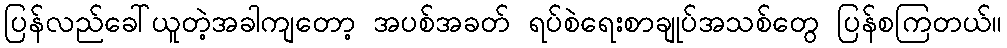
ပြန်လည်ခေါ်ယူတဲ့အခါကျတော့ အပစ်အခတ် ရပ်စဲရေးစာချုပ်အသစ်တွေ ပြန်စကြတယ်။